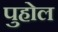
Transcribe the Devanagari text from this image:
पुहोल